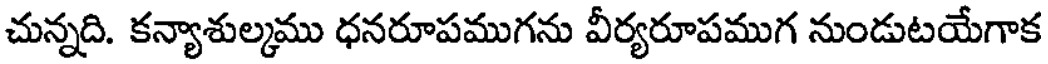
చున్నది. కన్యాశుల్మము ధనరూపముగను వీర్యరూపముగ నుండుటయేగాక